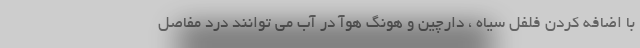
با اضافه کردن فلفل سیاه ، دارچین و هونگ هوآ در آب می توانند درد مفاصل